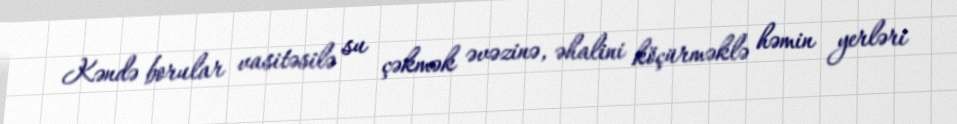
Kəndə borular vasitəsilə su çəkmək əvəzinə, əhalini köçürməklə həmin yerləri